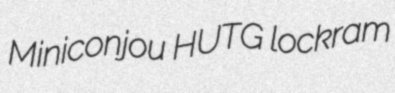
Miniconjou HUTG lockram